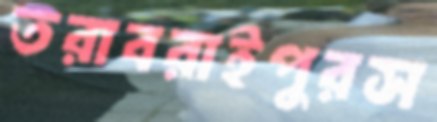
তরাবরাইপুরস